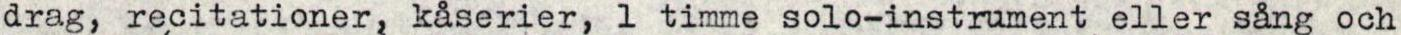
drag, recitationer, kåserier, 1 timme solo-instrument eller sång och